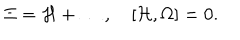
\Xi = { \cal H } + \ldots , \quad [ { \cal H } , \Omega ] = 0 .